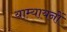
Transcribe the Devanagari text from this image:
याम्यायनों